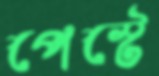
পেস্টে